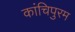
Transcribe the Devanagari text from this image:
कांचिपुरम